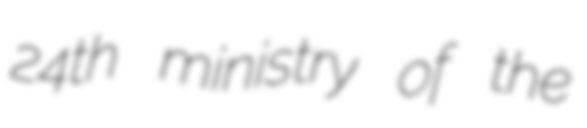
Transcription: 24th ministry of the